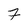
Character: 7